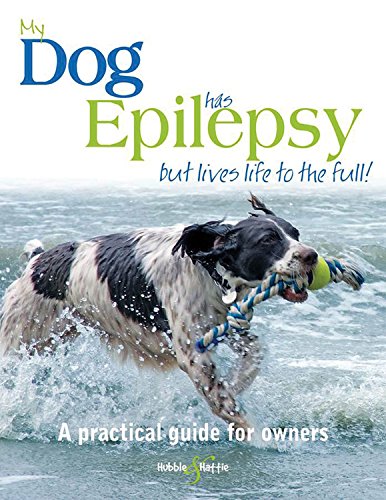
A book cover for My dog has epilepsy...but lives life to the full!: A practical guide for owners; Gill Carrick; Health, Fitness & Dieting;